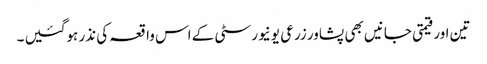
تین اور قیمتی جانیں بھی پشاور زرعی یونیورسٹی کے اس واقعہ کی نذر ہوگئیں ۔